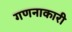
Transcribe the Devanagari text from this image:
गणनाकारी